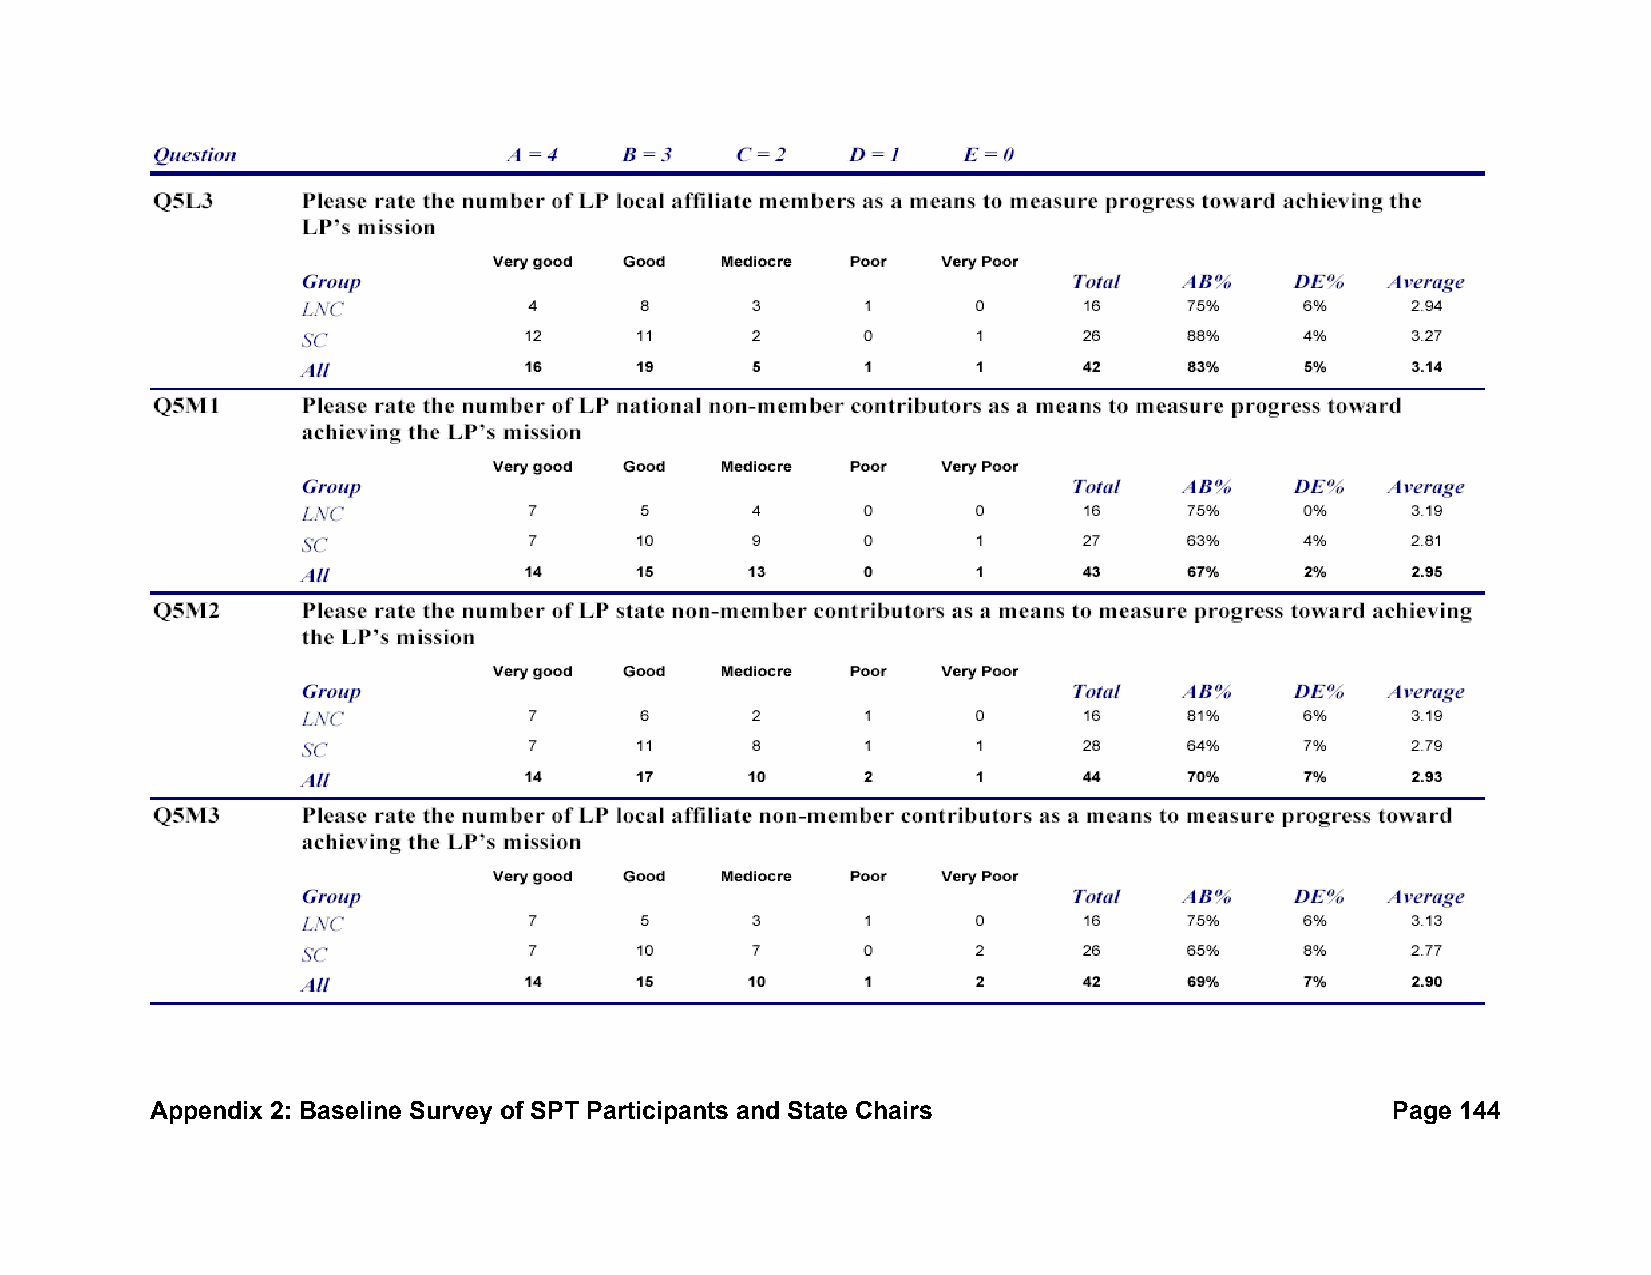
Appendix 2: Baseline Survey of SPT Participants and State Chairs                  Page 144